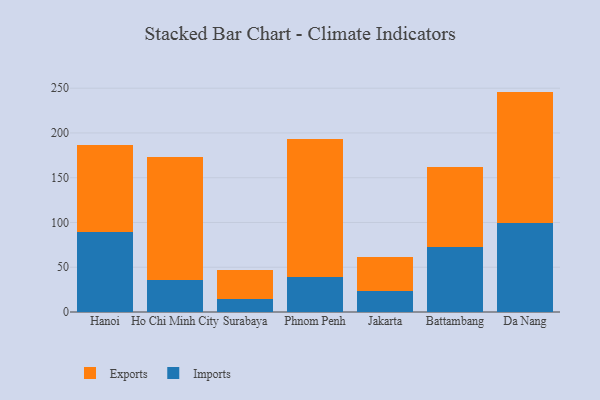
{"axis": {"x": "City", "y": "Page Views"}, "legend": ["Exports", "Imports"], "data": [{"x": "Hanoi", "y": 89.8, "type": "Imports"}, {"x": "Hanoi", "y": 96.8, "type": "Exports"}, {"x": "Ho Chi Minh City", "y": 36.2, "type": "Imports"}, {"x": "Ho Chi Minh City", "y": 136.5, "type": "Exports"}, {"x": "Surabaya", "y": 14.2, "type": "Imports"}, {"x": "Surabaya", "y": 33.2, "type": "Exports"}, {"x": "Phnom Penh", "y": 38.6, "type": "Imports"}, {"x": "Phnom Penh", "y": 154.1, "type": "Exports"}, {"x": "Jakarta", "y": 23.9, "type": "Imports"}, {"x": "Jakarta", "y": 37.9, "type": "Exports"}, {"x": "Battambang", "y": 73.0, "type": "Imports"}, {"x": "Battambang", "y": 88.7, "type": "Exports"}, {"x": "Da Nang", "y": 99.7, "type": "Imports"}, {"x": "Da Nang", "y": 146.5, "type": "Exports"}]}